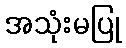
အသုံးမပြု